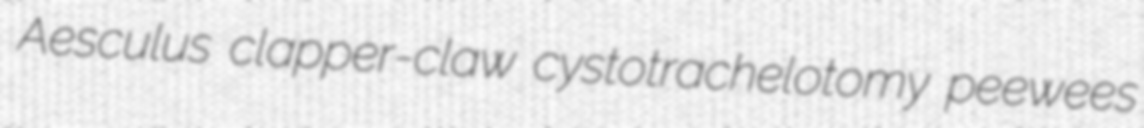
Aesculus clapper-claw cystotrachelotomy peewees